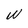
Character: W